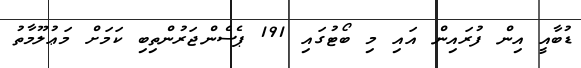
ޑުބާއީ އިން ފުރައިން އައި މި ބޯޓުގައި 191 ޕެސެންޖަރުންތިބި ކަމަށް މަޢުލޫމާތު